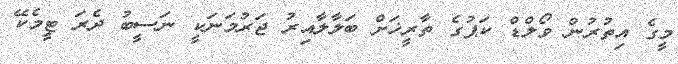
މީގެ އިތުރުން ވޯލްޑް ކަޕުގެ ތާރީޚަށް ބަލާލާއިރު ޖަރުމަނަކީ ނަސީބު ދެރަ ޓީމެކޭ